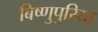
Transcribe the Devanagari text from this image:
बिष्णुपुरिया